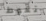
تغوط